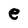
Character: e